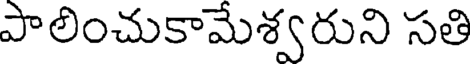
పాలించుకామేశ్వరుని సతి